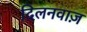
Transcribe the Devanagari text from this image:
दिलनवाज़